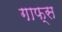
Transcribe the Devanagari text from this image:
गाफ्स